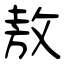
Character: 敖